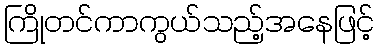
ကြိုတင်ကာကွယ်သည့်အနေဖြင့်